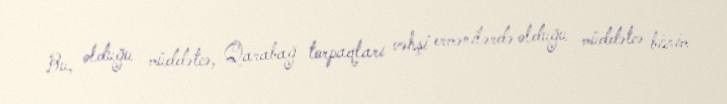
Bu, olduğu müddətcə, Qarabağ torpaqları vəhşi ermənilərdə olduğu müddətcə bizim